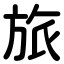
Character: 旅